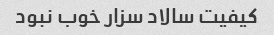
کیفیت سالاد سزار خوب نبود